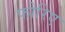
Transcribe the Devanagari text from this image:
फोरिए